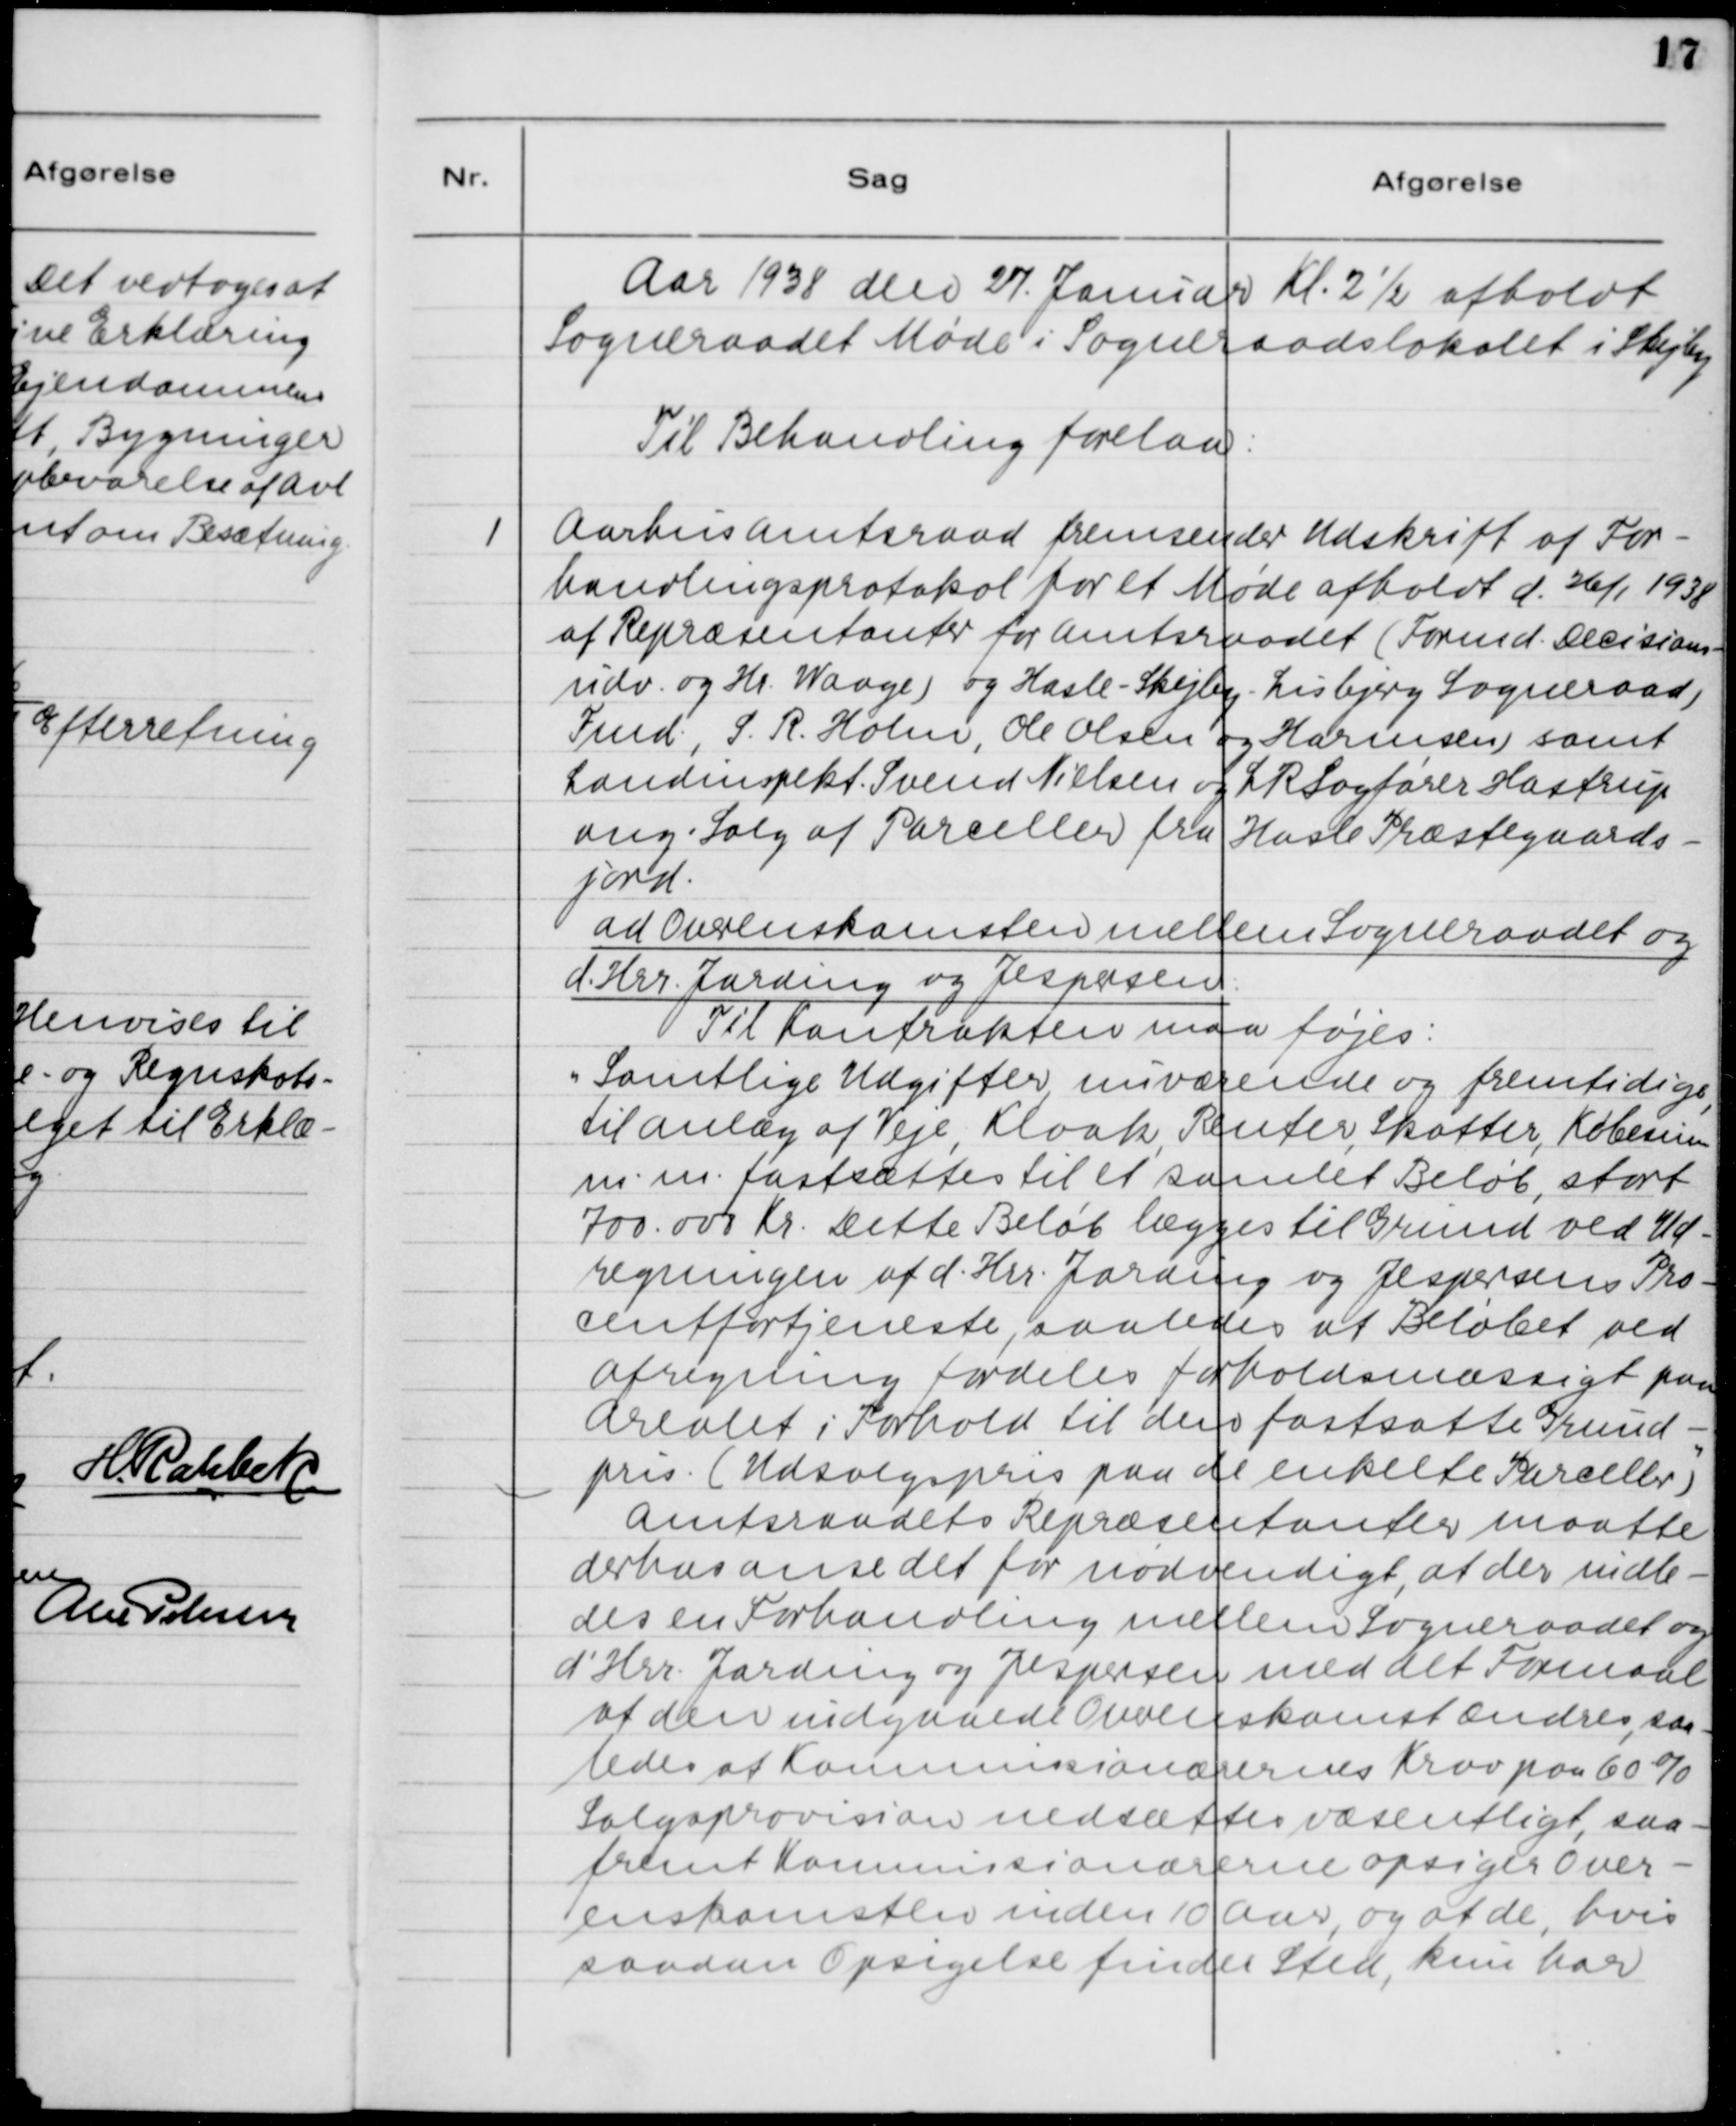
Transskription:
Aar 1938 den 27. Januar Kl. 2 1/2 afholdt
Sogneraadet Møde i Sogneraadslokalet i Skejby.
Til Behandling forelaa:

1. Aarhus Amtsraad fremsender Udskrift af For-
handlingsprotokol for et Møde afholdt d. 26/1 1938
af Repræsentanter for Amtsraadet (Formd. Decisions-
udv. og Hr. Waage) og Hasle - Skejby - Lisbjerg Sogneraad,
Fmd. S. R. Holm, Ole Olsen og Harmsen samt
Landinspekt. Svend Nielsen og L R Sagfører Hastrup
ang. Salg af Parceller fra Hasle Præstegaards-
jord.
ad Overenskomsten mellem Sogneraadet og
d.Hrr. Jarding og Jespersen.
Til Kontrakten maa føjes:
"Samtlige Udgifter nuværende og fremtidige,
til Anlæg af Veje, Kloak, Renter, Skatter, Købesum
m.m. fastsættes til et samlet Beløb stort
700.000 Kr. Dette Beløb lægges til Grund ved Ud-
regningen af d.Hrr. Jarding og Jespersens Pro-
centfortjeneste, saaledes at Beløbet ved
Afregning fordeles forholdsmæssigt paa
Arealet i Forhold til dens fastsatte Grund-
pris. (Udsalgspris paa de enkelte Parceller)"
Amtsraadets Repræsentanter maatte
derhos anse det for nødvendigt, at der indle-
des en Forhandling mellem Sogneraadet og
d'Hrr. Jarding og Jespersen med det Formaal
at den indgaaede Overenskomst ændres, saa-
ledes at Kommissionærernes Krav paa 60%
Salgsprovision nedsættes væsentligt, saa-
fremt Kommissionærerne opsiger Over-
enskomsten inden 10 Aar, og at de, hvis
saadan Opsigelse finder sted, kun har